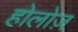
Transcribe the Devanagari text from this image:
होलोज़